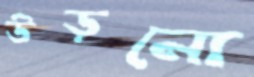
উড়নো